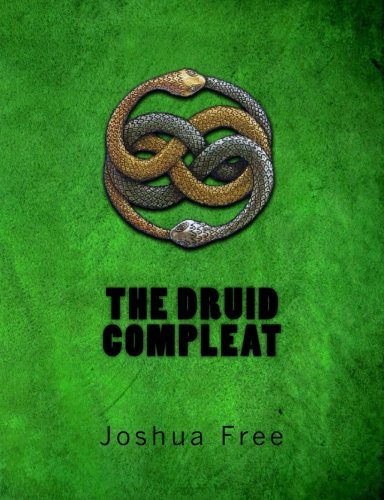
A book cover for The Druid Compleat: Self-Initiation Into the Druidic Tradition; Joshua Free; Religion & Spirituality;